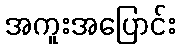
အကူးအပြောင်း